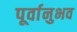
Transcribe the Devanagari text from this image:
पूर्वानुभव